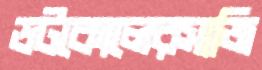
ডটকোলেরসাজি